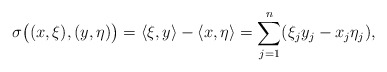
\begin{align*}\sigma\big((x,\xi),(y,\eta)\big)=\langle \xi, y \rangle -\langle x, \eta\rangle=\sum_{j=1}^n(\xi_j y_j-x_j \eta_j),\end{align*}